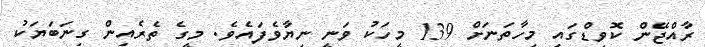
ރާއްޖޭން ކޮވިޑްގައި މިހާތަނަށް 139 މީހަކު ވަނީ ނިޔާވެފައެވެ. މީގެ ތެރެއިން ގިނަބަޔަކު